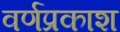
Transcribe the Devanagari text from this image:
वर्णप्रकाश